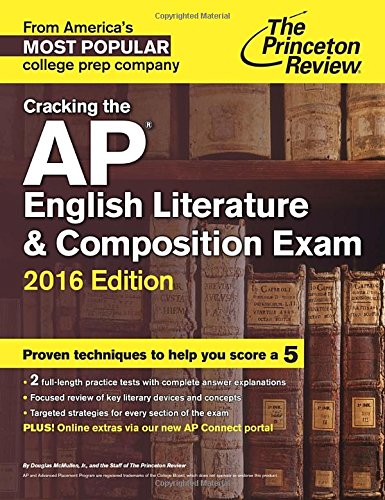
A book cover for Cracking the AP English Literature & Composition Exam, 2016 Edition (College Test Preparation); Princeton Review; Test Preparation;